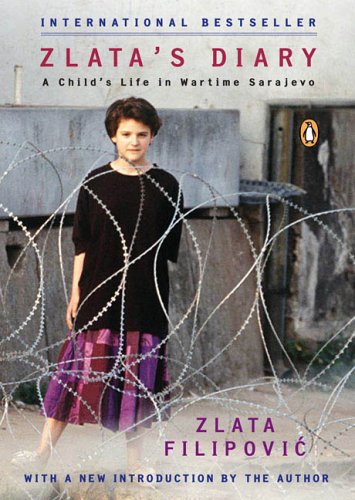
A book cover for Zlata's Diary: A Child's Life in Wartime Sarajevo, Revised Edition; Zlata Filipovic; Teen & Young Adult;